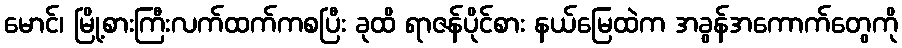
မောင်၊ မြို့စားကြီးလက်ထက်ကစပြီး ခုထိ ရာဇန်ပိုင်စား နယ်မြေထဲက အခွန်အကောက်တွေကို